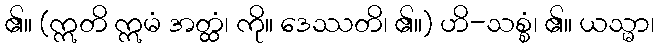
၏။ (ဣတိ ဣမံ အတ္ထံ၊ ကို။ ဒေဿတိ၊ ၏။) ဟိ-သစ္စံ၊ ၏။ ယသ္မာ၊